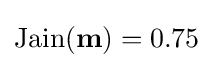
\mathrm {Jain} (\mathbf {m} )=0.75